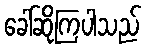
ခေါ်ဆိုကြပါသည်